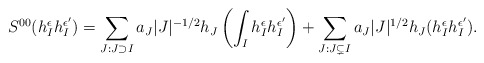
\begin{align*}S^{00}(h_I^\epsilon h_I^{\epsilon'})=\sum_{J: J\supset I}a_J|J|^{-1/2}h_J\left(\int_I h_I^\epsilon h_I^{\epsilon'}\right)+\sum_{J: J\subsetneq I} a_J|J|^{1/2}h_J(h_I^\epsilon h_I^{\epsilon'}).\end{align*}